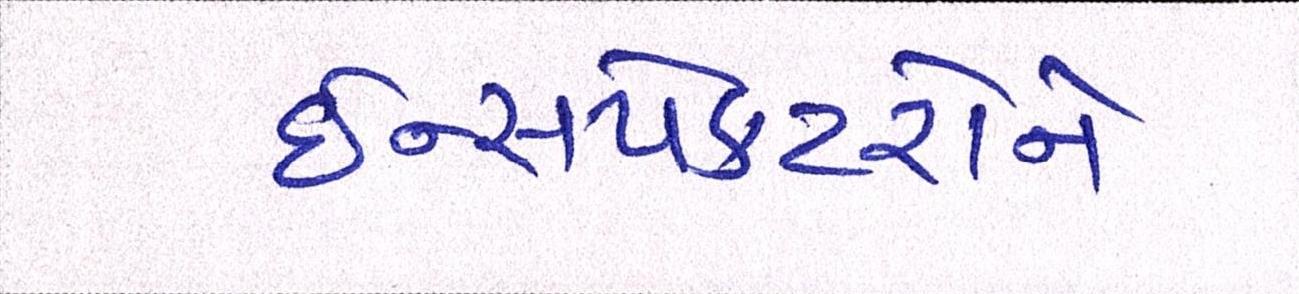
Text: ઈન્સપેકટરોને